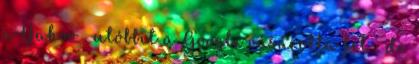
aYahoo , utóbbit a Google vásárolta fel , de